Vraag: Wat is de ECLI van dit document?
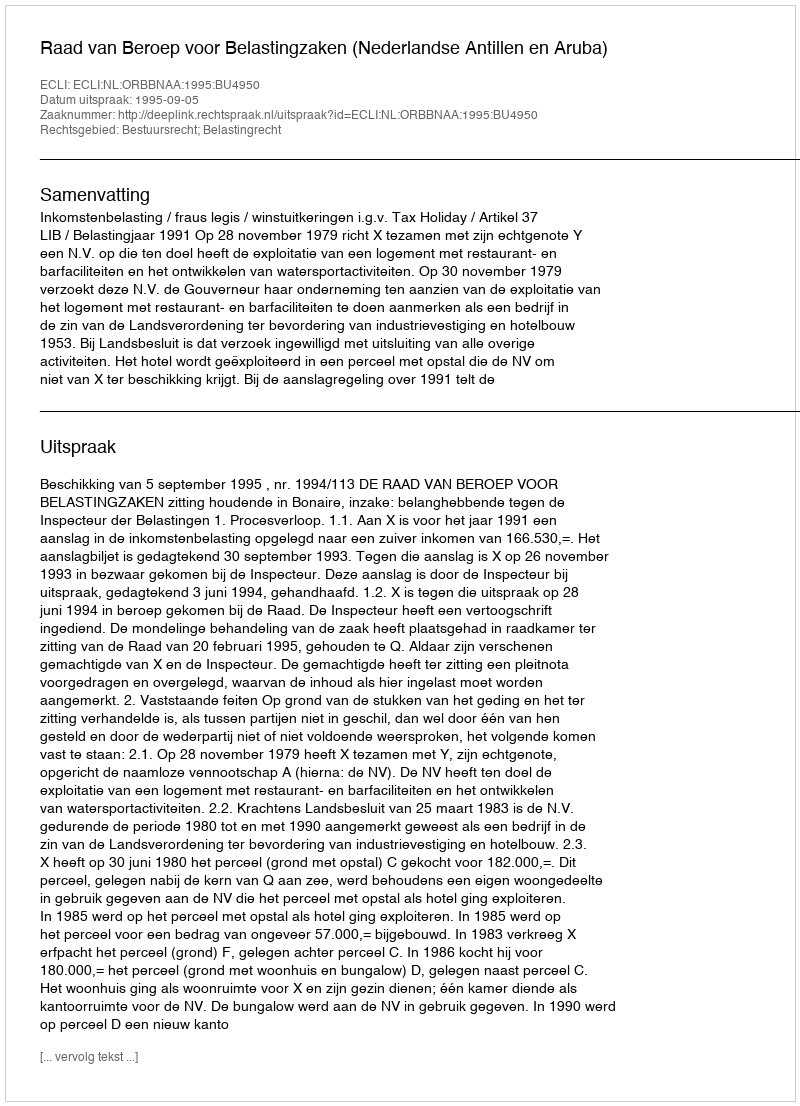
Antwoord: ECLI:NL:ORBBNAA:1995:BU4950